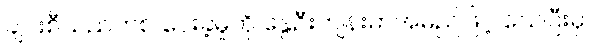
ချင်းစီသည်တစ် ပေးခဲ့မှုကို နွေဦးကျန်းမာအမည်ဖြင့် သေပြီးမှ